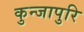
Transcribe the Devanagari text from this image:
कुन्जापुरि